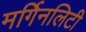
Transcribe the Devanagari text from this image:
मर्गिनलिटी